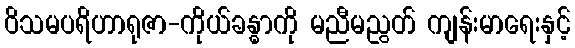
ဝိသမပရိဟာရုဇာ-ကိုယ်ခန္ဓာကို မညီမညွတ် ကျန်းမာရေးနှင့်